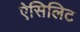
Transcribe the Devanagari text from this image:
ऐसिलिट